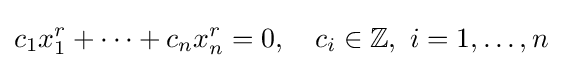
c_{1}x_{1}^{r}+\cdots +c_{n}x_{n}^{r}=0,\quad c_{i}\in \mathbb {Z} ,\ i=1,\ldots ,n